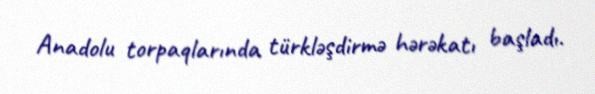
Anadolu torpaqlarında türkləşdirmə hərəkatı başladı.